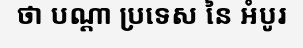
ថា បណ្តា ប្រទេស នៃ អំបូរ